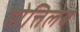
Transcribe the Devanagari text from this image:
गोत्तिलेब